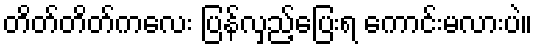
တိတ်တိတ်ကလေး ပြန်လှည့်ပြေးရ ကောင်းမလားပဲ။